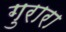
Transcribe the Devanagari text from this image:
गुरारा